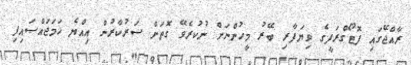
ރާއްޖޭގައި ފޮޓޯގްރަފީގެ ވިޔަފާރި ބޭރު މީހުންނަށް ނުކުރެވޭ ގޮތަށް ސަރުކާރުން އިއްޔެ ހަމަޖައްސައިފި